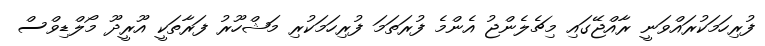
ފުރިހަމަކުރައްވަނީ ރާއްޖޭގައި މިޗެލެންޖު އެންމެ ފުރަތަމަ ފުރިހަމަކުރި މަޝްހޫރު ފަރާތަކީ އޫރީދޫ މޯލްޑިވްސް